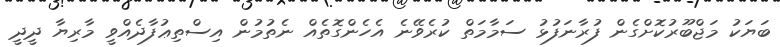
ބަޔަކު މަޖްބޫރުކޮށްގެން ފުރާނަފުޅު ސަމާމަތް ކުރެވޭނެ އެހެންގޮތެއް ނެތުމުން އިސްތިޢުފާދެއްވީ މާރިޔާ ދީދީ